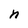
Character: n